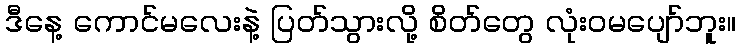
ဒီနေ့ ကောင်မလေးနဲ့ ပြတ်သွားလို့ စိတ်တွေ လုံးဝမပျော်ဘူး။